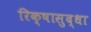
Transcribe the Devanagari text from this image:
रिक्षासुद्धा